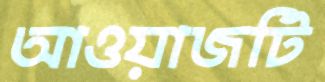
আওয়াজটি